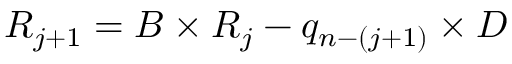
R _ { j + 1 } = B \times R _ { j } - q _ { n - ( j + 1 ) } \times D